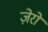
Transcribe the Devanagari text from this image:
ज़ेरो